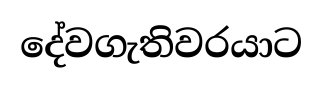
දේවගැතිවරයාට